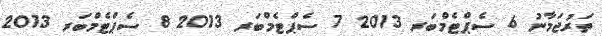
ތަރުޖަމާނު 6 ސެޕްޓެމްބަރ 2013 7 ސެޕްޓެމްބަރ 2013 8 ސެޕްޓެމްބަރ 2013